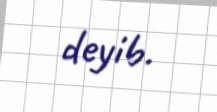
deyib.